Document type: Anniversary endowment
Year: 1486
Scribe: Bartomeu Masons
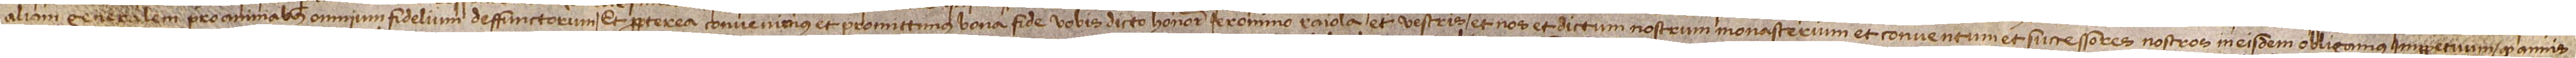
aliam generalem pro animabus omnium fidelium deffunctorum. Et propterea convenimus et promittimus bona fide vobis dicto honorabili Ieronimo Raiola et vestris et nos et dictum nostrum monasterium et conventum et successores nostros in eisdem obligamus imperpetuum quod annis